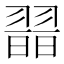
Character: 𦑾